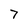
Character: 7